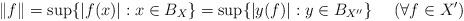
LaTeX: \begin{align*} \|f\|=\sup\{|f(x)|: x\in B_X\}=\sup\{|y(f)|: y\in B_{X''}\} \ \ \ \ (\forall f\in X')\end{align*}